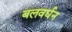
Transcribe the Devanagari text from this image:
बलवर्धन